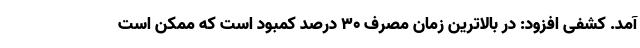
آمد. کشفی افزود: در بالاترین زمان مصرف ۳۰ درصد کمبود است که ممکن است